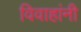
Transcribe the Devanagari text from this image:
विवाहांनी